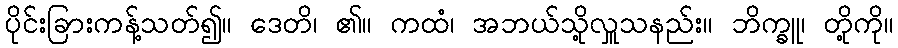
ပိုင်းခြားကန့်သတ်၍။ ဒေတိ၊ ၏။ ကထံ၊ အဘယ်သို့လှူသနည်း။ ဘိက္ခူ၊ တို့ကို။